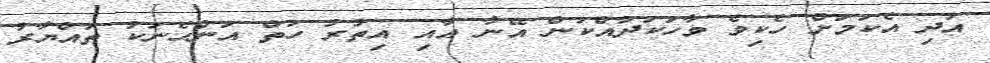
އަދި އެކަމަށް ހެކިވެ ވާހަކަދައްކަން އޭނާ އާއި އިތުރު ހަތް އަންހެނަކު ތައްޔާރު